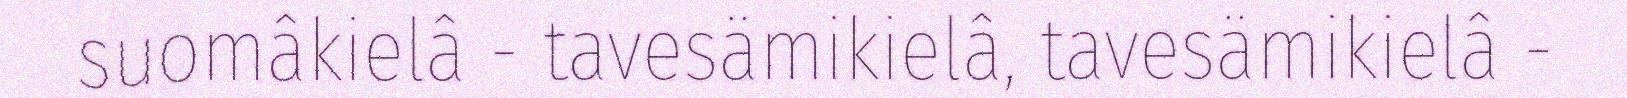
suomâkielâ - tavesämikielâ, tavesämikielâ -